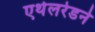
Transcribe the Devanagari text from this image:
एथेलरेडने